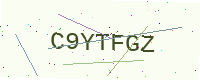
Text: C9YTFGZ